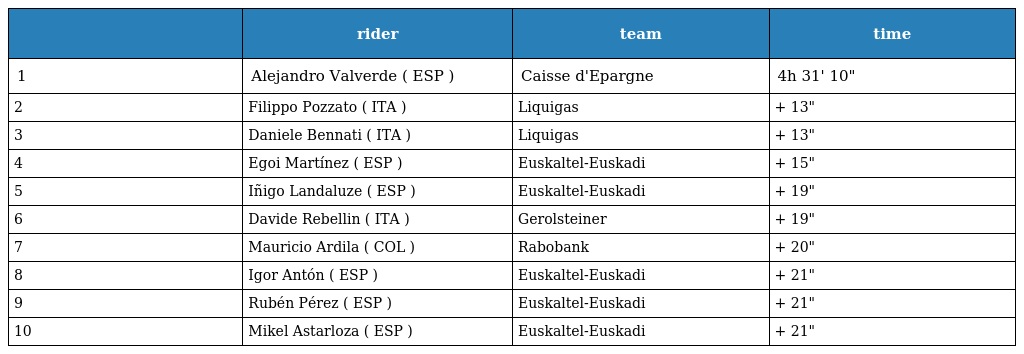
|  | rider | team | time |
 | --- | --- | --- | --- |
 | 1 | Alejandro Valverde ( ESP ) | Caisse d'Epargne | 4h 31' 10" |
 | 2 | Filippo Pozzato ( ITA ) | Liquigas | + 13" |
 | 3 | Daniele Bennati ( ITA ) | Liquigas | + 13" |
 | 4 | Egoi Martínez ( ESP ) | Euskaltel-Euskadi | + 15" |
 | 5 | Iñigo Landaluze ( ESP ) | Euskaltel-Euskadi | + 19" |
 | 6 | Davide Rebellin ( ITA ) | Gerolsteiner | + 19" |
 | 7 | Mauricio Ardila ( COL ) | Rabobank | + 20" |
 | 8 | Igor Antón ( ESP ) | Euskaltel-Euskadi | + 21" |
 | 9 | Rubén Pérez ( ESP ) | Euskaltel-Euskadi | + 21" |
 | 10 | Mikel Astarloza ( ESP ) | Euskaltel-Euskadi | + 21" |